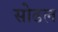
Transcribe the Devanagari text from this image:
सोढल